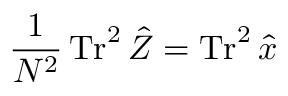
\frac { 1 } { N ^ { 2 } } \operatorname { T r } ^ { 2 } \hat { Z } = \operatorname { T r } ^ { 2 } \hat { x }